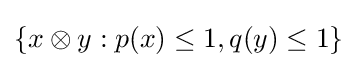
\left\{x\otimes y:p(x)\leq 1,q(y)\leq 1\right\}